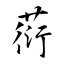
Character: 葕